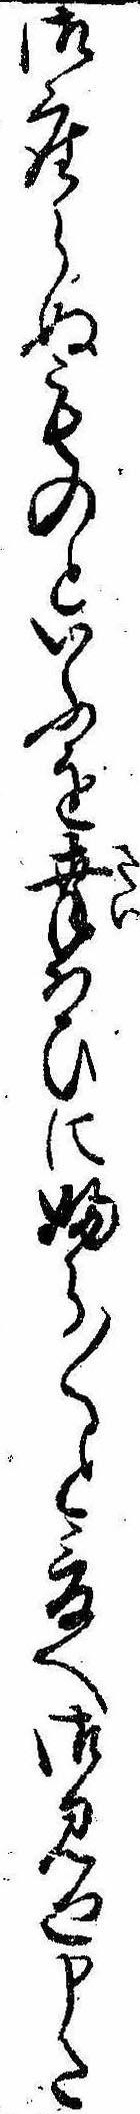
御座らぬものといふを幸はひにふら〱と爰へ御見廻申た